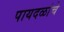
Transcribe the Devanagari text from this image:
पायदळांचे